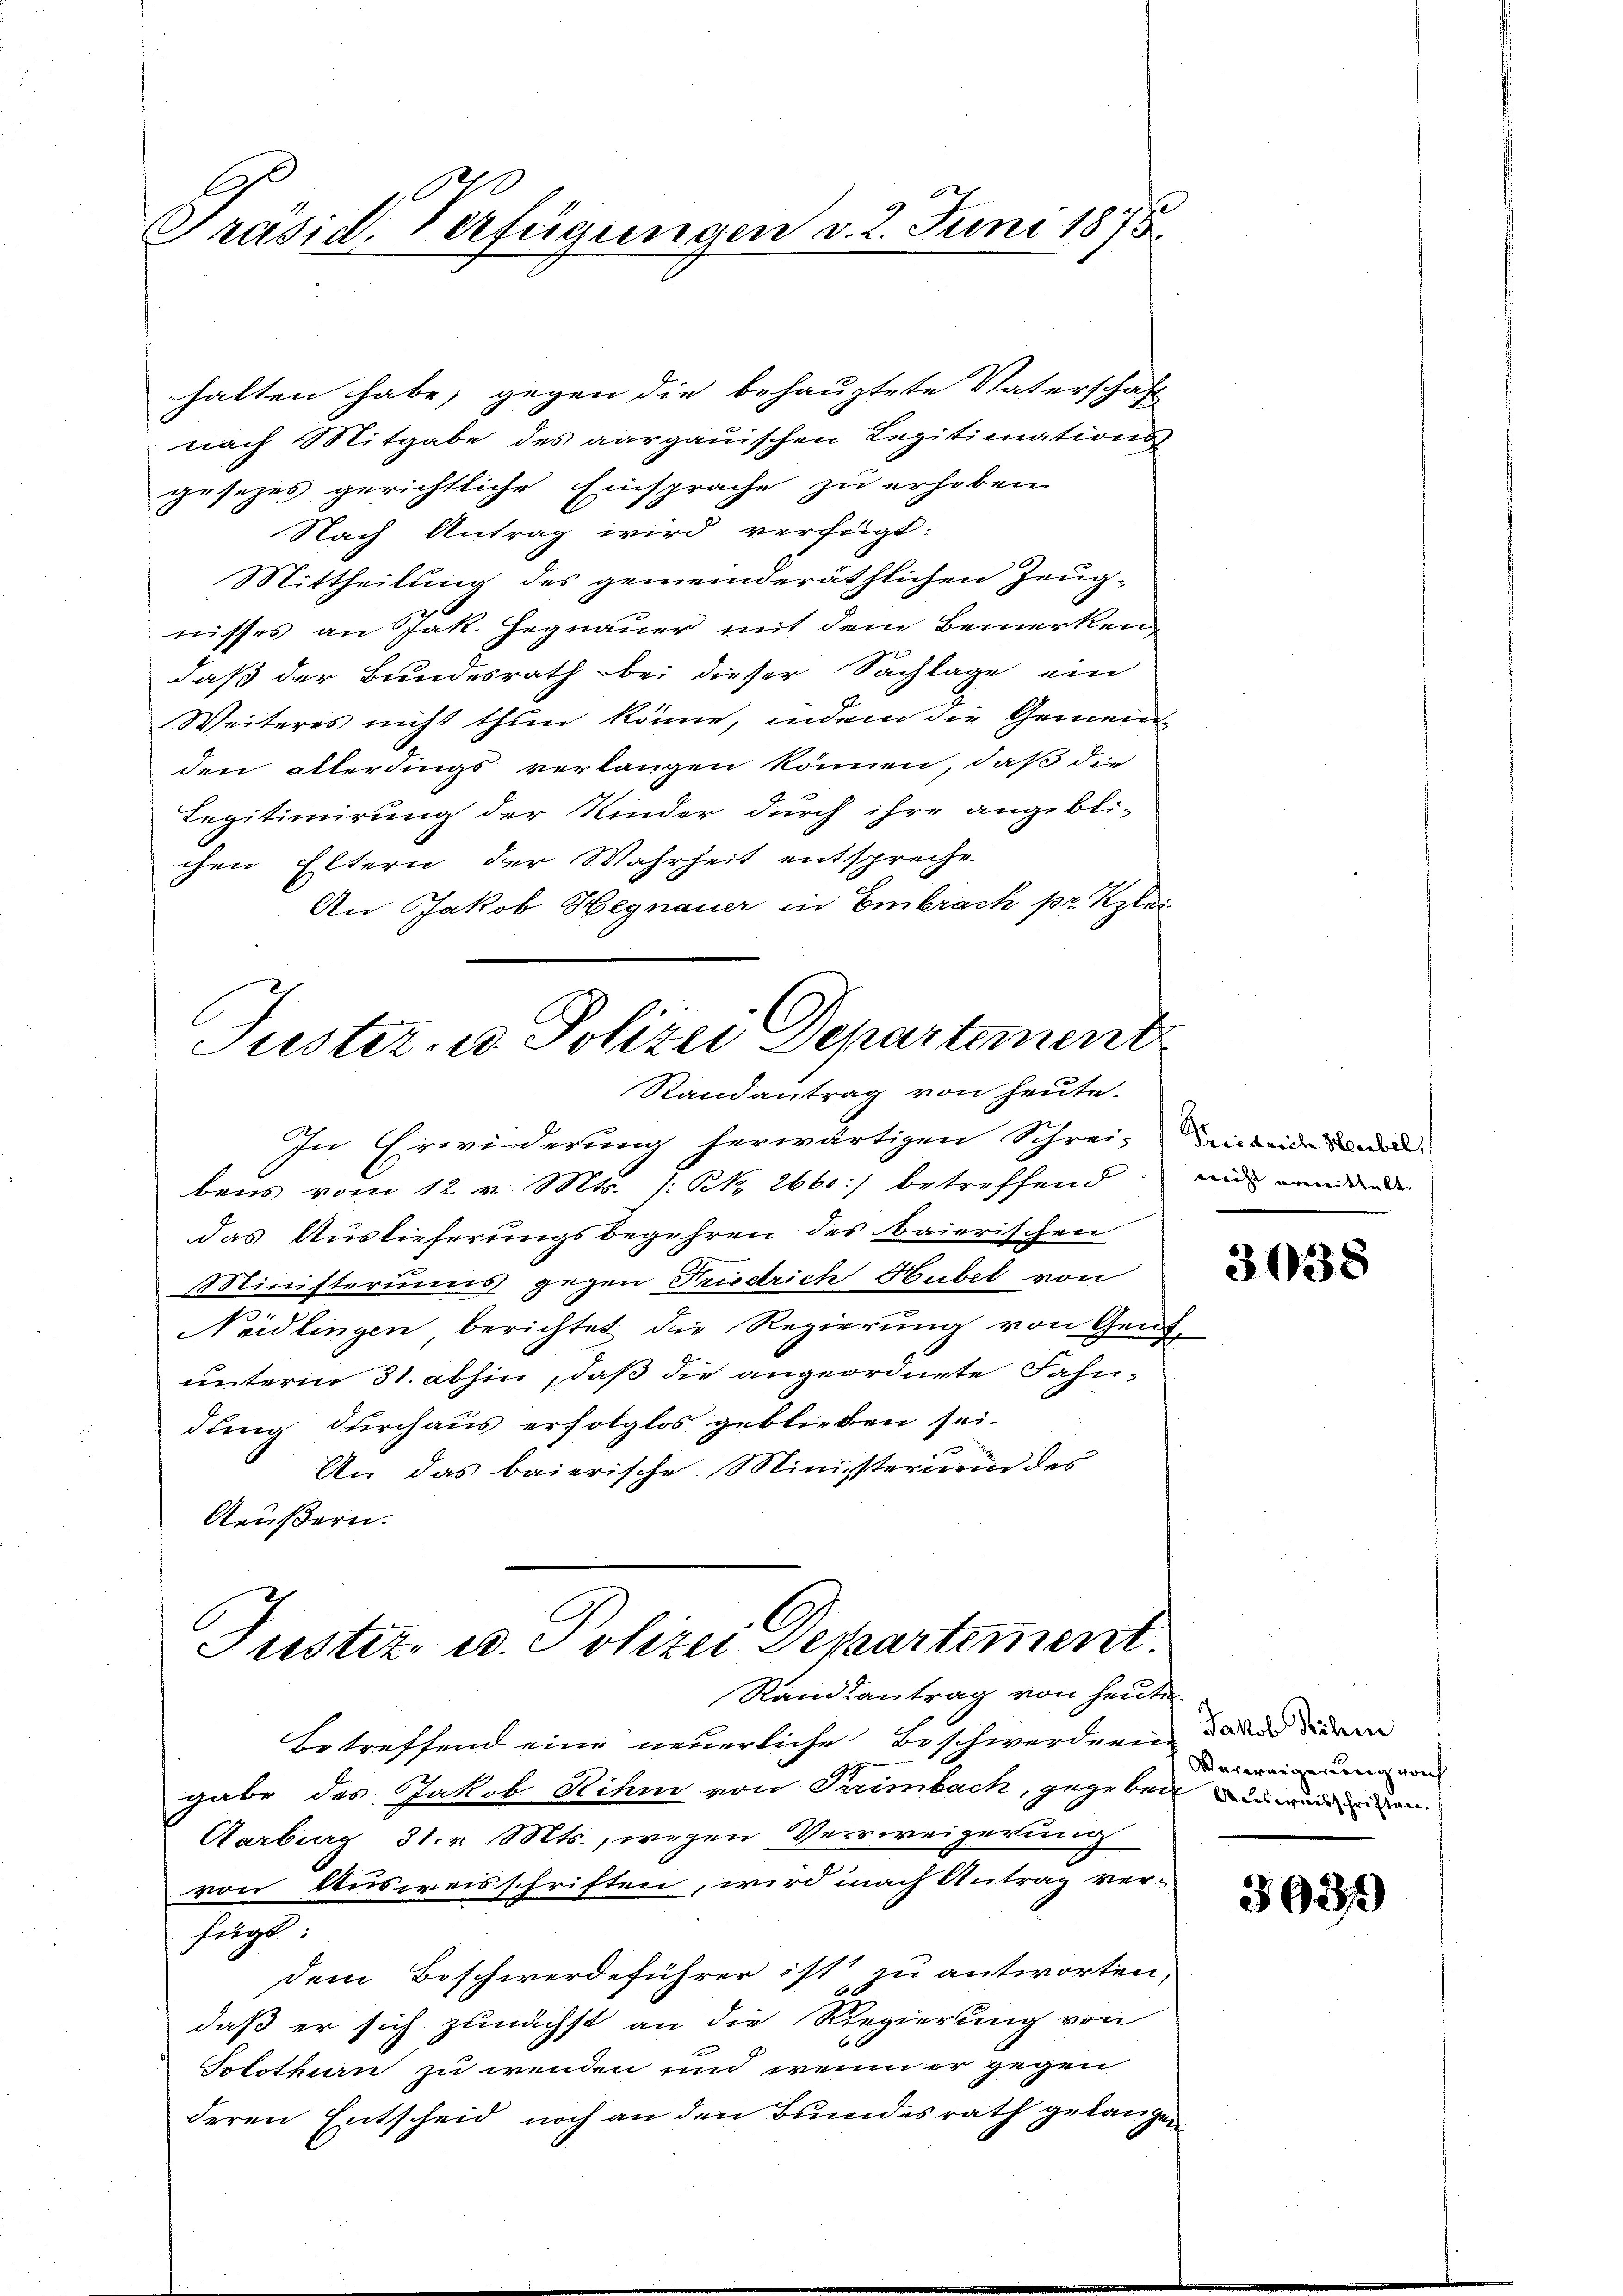
Präsid. Verfügungen v. 2. Juni 1875.

halten habe, gegen die behauptete Vaterschaft
nach Mitgabe des aargauischen Legitimnations
gesezes gerichtliche Einsprache zu erhoben
Nach Antrag wird verfügt:
Mittheilung des gemeinderäthlichen Zeugnisses an Jak. Hegnauer mit dem Bemerkendaß der Bundesrath bei dieser Sachlage ein
Weiteres nicht thun könne, indem die Gemein
den allerdings verlangen können, daß die
Legitimirung der Kinder durch ihre angebli-
chen Eltern der Wahrheit entspreche.
An Jakob Hegnauer in Embrach pr. Klei¬
Justiz- u. Polizei Departement
Randantrag von heute.
In Erwiderung herwärtigen Schrei¬ Den beide Sond
bens vom 12. v. Mts. /:Kk. 2660:) betreffend und wide
das Auslieferungsbegehren des baierischen
Ministeriums gegen Friedrich Hubel von
Nördlingen, berichtet die Regierung von Genf,
unterm 31. abhin, daß die angeordnete Fahndung durchaus erfolglos geblieben sei.
An das baierische Ministerium des
Aeußern.

Justiz- u. Polizei Departement.

Randsantrag von heute
Betreffend eine neuerliche Beschwerden, dann deren
gabe des Jakob Rihm von Treimbach, gegeben werden
Aarburg 31. v. Mts., wegen Verweigerung
von Ausweisschriften, wird nach Antrag ver-
fügt:
dem Beschwerdeführer ist zu antworten,
daß er sich zunächst an die Regierung von
Solothurn zu wenden und wenn er gegen
deren Entscheid noch an den Brundesrath gelangen

3038

Verweigerung noch

3931)